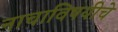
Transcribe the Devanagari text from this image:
नाचाविषयीचे